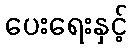
ပေးရေးနှင့်